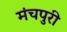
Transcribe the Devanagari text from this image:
मंचपुरी